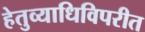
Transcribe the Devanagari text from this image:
हेतुव्याधिविपरीत